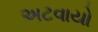
અટવાયો